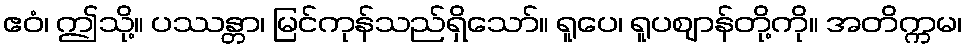
ဧဝံ၊ ဤသို့။ ပဿန္တာ၊ မြင်ကုန်သည်ရှိသော်။ ရူပေ၊ ရူပဈာန်တို့ကို။ အတိက္ကမ၊